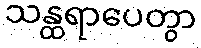
သန္ထရာပေတွာ